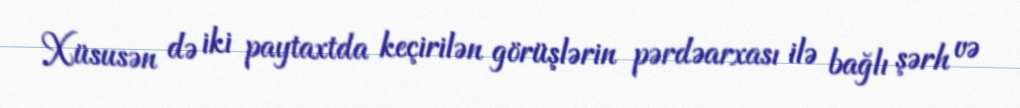
Xüsusən də iki paytaxtda keçirilən görüşlərin pərdəarxası ilə bağlı şərh və